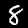
Label: 8